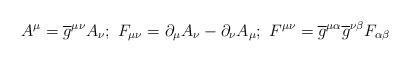
LaTeX: \begin{align*}A^{\mu}=\overline{g}^{\mu\nu}A_{\nu}; \ F_{\mu\nu}=\partial_{\mu}A_{\nu}-\partial_{\nu}A_{\mu}; \ F^{\mu\nu}=\overline{g}^{\mu\alpha}\overline{g}^{\nu\beta}F_{\alpha\beta} \end{align*}